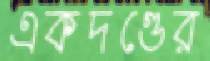
একদণ্ডের